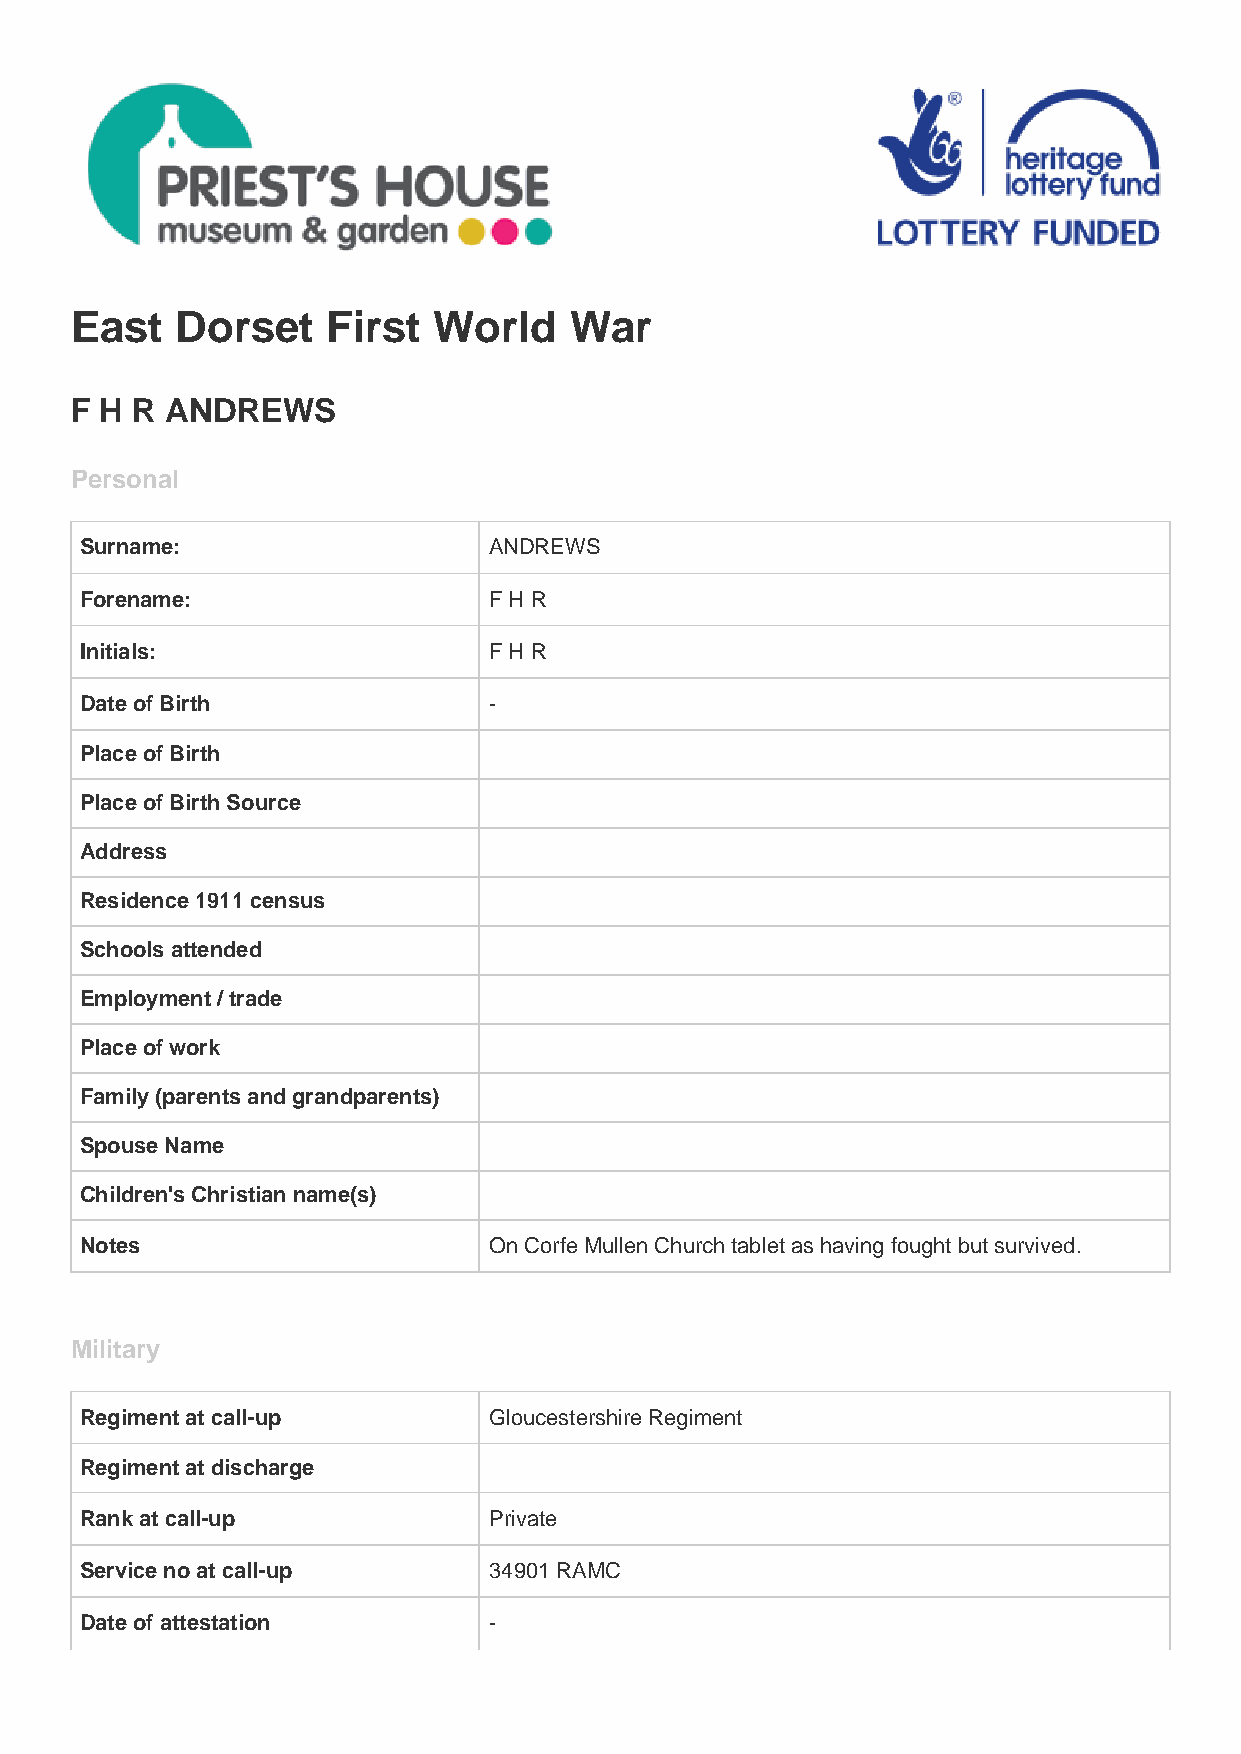
East   Dorset    First  World    War
 F H R ANDREWS
 Personal
 Surname:                   ANDREWS
 Forename:                  F H R
 Initials:                  F H R
 Date of Birth              -
 Place of Birth
 Place of Birth Source
 Address
 Residence 1911 census
 Schools attended
 Employment / trade
 Place of work
 Family (parents and grandparents)
 Spouse Name
 Children's Christian name(s)
 Notes                      On Corfe Mullen Church tablet as having fought but survived.
 Military
 Regiment at call-up        Gloucestershire Regiment
 Regiment at discharge
 Rank at call-up            Private
 Service no at call-up      34901 RAMC
 Date of attestation        -